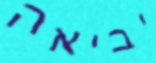
יביאה